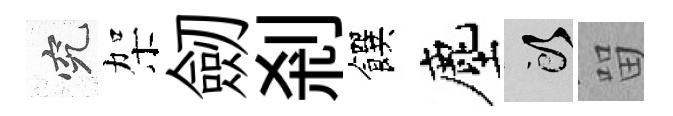
究架劒剎饌塵頭㽞